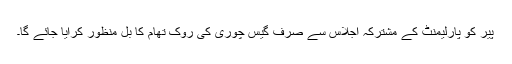
پیر کو پارلیمنٹ کے مشترکہ اجلاس سے صرف گیس چوری کی روک تھام کا بل منظور کرایا جائے گا۔